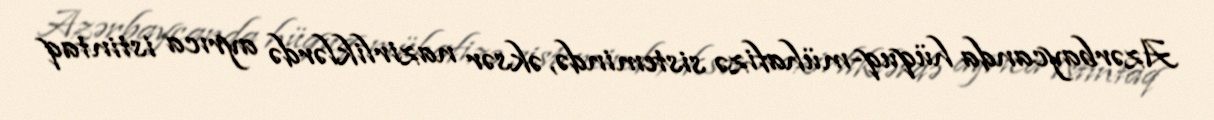
Azərbaycanda hüquq-mühafizə sistemində, əksər nazirliklərdə ayrıca istintaq